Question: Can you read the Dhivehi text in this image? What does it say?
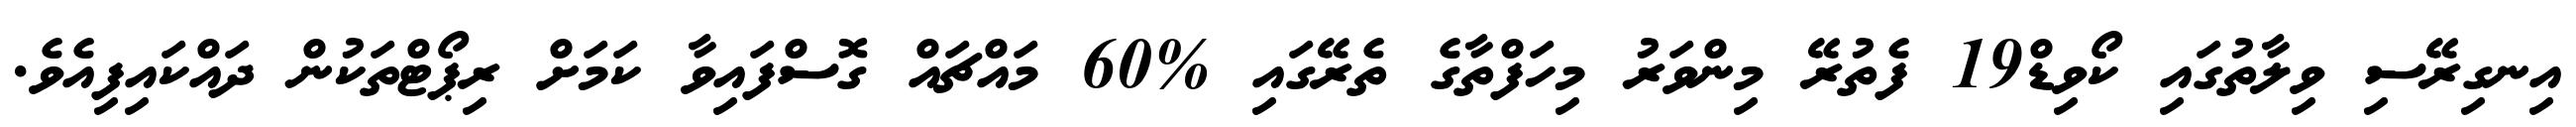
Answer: އިނގިރޭސި ވިލާތުގައި ކޯވިޑް19 ފެތުރޭ މިންވަރު މިހަފްތާގެ ތެރޭގައި %60 މައްޗައް ގޮސްފައިވާ ކަމަށް ރިޕޯޓްތަކުން ދައްކައިފިއެވެ.